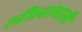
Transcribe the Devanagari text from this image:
लीलांवाली